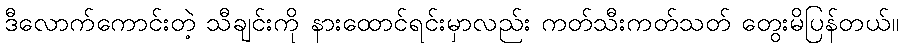
ဒီလောက်ကောင်းတဲ့ သီချင်းကို နားထောင်ရင်းမှာလည်း ကတ်သီးကတ်သတ် တွေးမိပြန်တယ်။